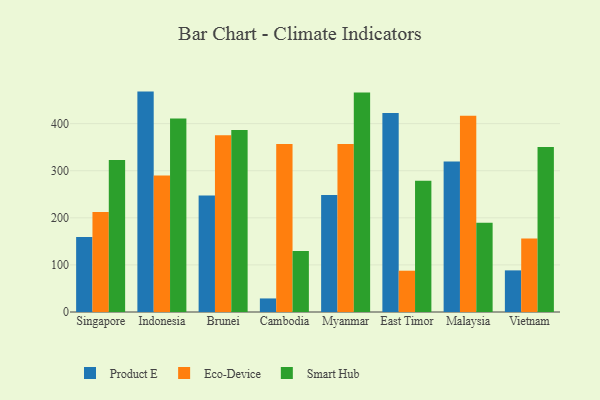
{"axis": {"x": "Country", "y": "Inventory Turnover"}, "legend": ["Eco-Device", "Product E", "Smart Hub"], "data": [{"x": "Singapore", "y": 159.1, "type": "Product E"}, {"x": "Singapore", "y": 212.3, "type": "Eco-Device"}, {"x": "Singapore", "y": 322.8, "type": "Smart Hub"}, {"x": "Indonesia", "y": 468.1, "type": "Product E"}, {"x": "Indonesia", "y": 290.0, "type": "Eco-Device"}, {"x": "Indonesia", "y": 410.8, "type": "Smart Hub"}, {"x": "Brunei", "y": 247.3, "type": "Product E"}, {"x": "Brunei", "y": 375.6, "type": "Eco-Device"}, {"x": "Brunei", "y": 386.5, "type": "Smart Hub"}, {"x": "Cambodia", "y": 28.8, "type": "Product E"}, {"x": "Cambodia", "y": 357.0, "type": "Eco-Device"}, {"x": "Cambodia", "y": 129.6, "type": "Smart Hub"}, {"x": "Myanmar", "y": 248.6, "type": "Product E"}, {"x": "Myanmar", "y": 356.9, "type": "Eco-Device"}, {"x": "Myanmar", "y": 466.2, "type": "Smart Hub"}, {"x": "East Timor", "y": 422.7, "type": "Product E"}, {"x": "East Timor", "y": 87.7, "type": "Eco-Device"}, {"x": "East Timor", "y": 278.6, "type": "Smart Hub"}, {"x": "Malaysia", "y": 319.6, "type": "Product E"}, {"x": "Malaysia", "y": 417.0, "type": "Eco-Device"}, {"x": "Malaysia", "y": 189.7, "type": "Smart Hub"}, {"x": "Vietnam", "y": 88.4, "type": "Product E"}, {"x": "Vietnam", "y": 156.2, "type": "Eco-Device"}, {"x": "Vietnam", "y": 350.4, "type": "Smart Hub"}]}